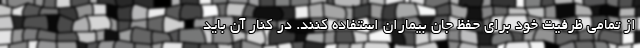
از تمامی ظرفیت خود برای حفظ جان بیماران استفاده کنند. در کنار آن باید